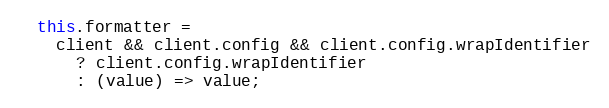
Language: JavaScript
  this.formatter =
    client && client.config && client.config.wrapIdentifier
      ? client.config.wrapIdentifier
      : (value) => value;